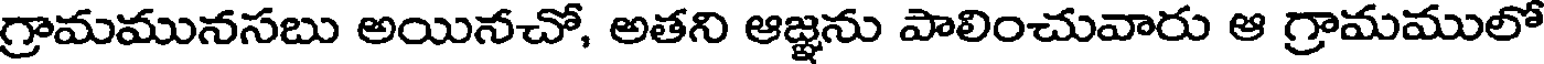
గ్రామమునసబు అయినచో, అతని ఆజ్జను పాలించువారు ఆ గ్రామములో